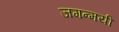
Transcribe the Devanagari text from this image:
जगन्मयी